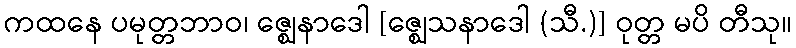
ကထနေ ပမုတ္တဘာဝ၊ ဇ္ဈေနာဒေါ [ဇ္ဈေသနာဒေါ (သီ.)] ဝုတ္တ မပိ တီသု။